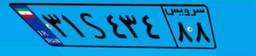
۳۱S۴۳۴۸۸